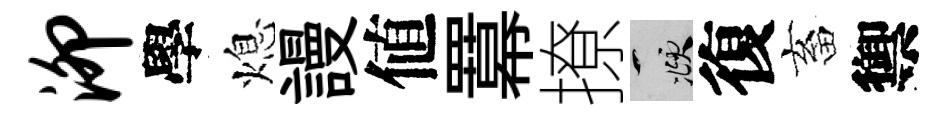
泖學熄謾値羃撩頫復畜禦